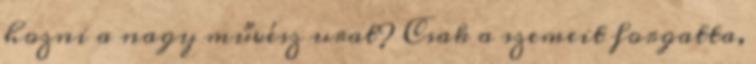
hozni a nagy művész urat? Csak a szemeit forgatta,